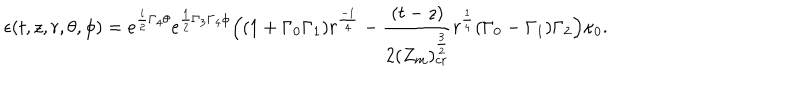
\epsilon ( t , z , r , \theta , \phi ) = e ^ { { \frac { i } { 2 } } \Gamma _ { 4 } \theta } e ^ { { \frac { 1 } { 2 } } \Gamma _ { 3 } \Gamma _ { 4 } \phi } \Big ( ( 1 + \Gamma _ { 0 } \Gamma _ { 1 } ) r ^ { \frac { - 1 } { 4 } } - { \frac { ( t - z ) } { 2 ( Z _ { m } ) _ { \mathrm { c r } } ^ { \frac { 3 } { 2 } } } } r ^ { \frac { 1 } { 4 } } ( \Gamma _ { 0 } - \Gamma _ { 1 } ) \Gamma _ { 2 } \Big ) \kappa _ { 0 } .